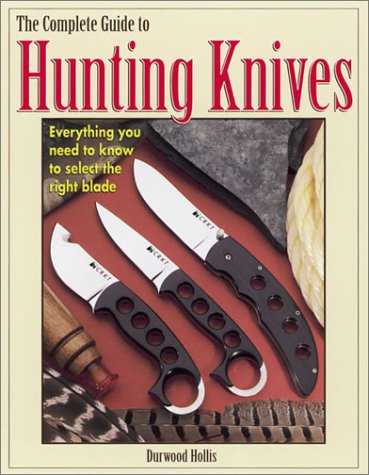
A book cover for Complete Guide to Hunting Knives; Durwood Hollis; Crafts, Hobbies & Home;